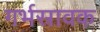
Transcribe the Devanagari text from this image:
गर्भस्रावक